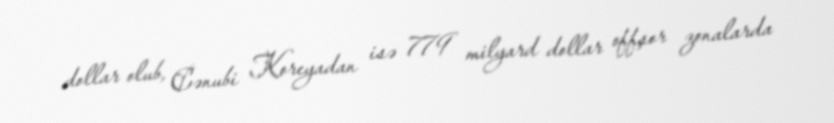
dollar olub, Cənubi Koreyadan isə 779 milyard dollar offşor zonalarda